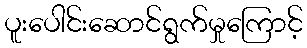
ပူးပေါင်းဆောင်ရွက်မှုကြောင့်